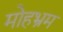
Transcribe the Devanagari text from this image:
मोहभ्रम